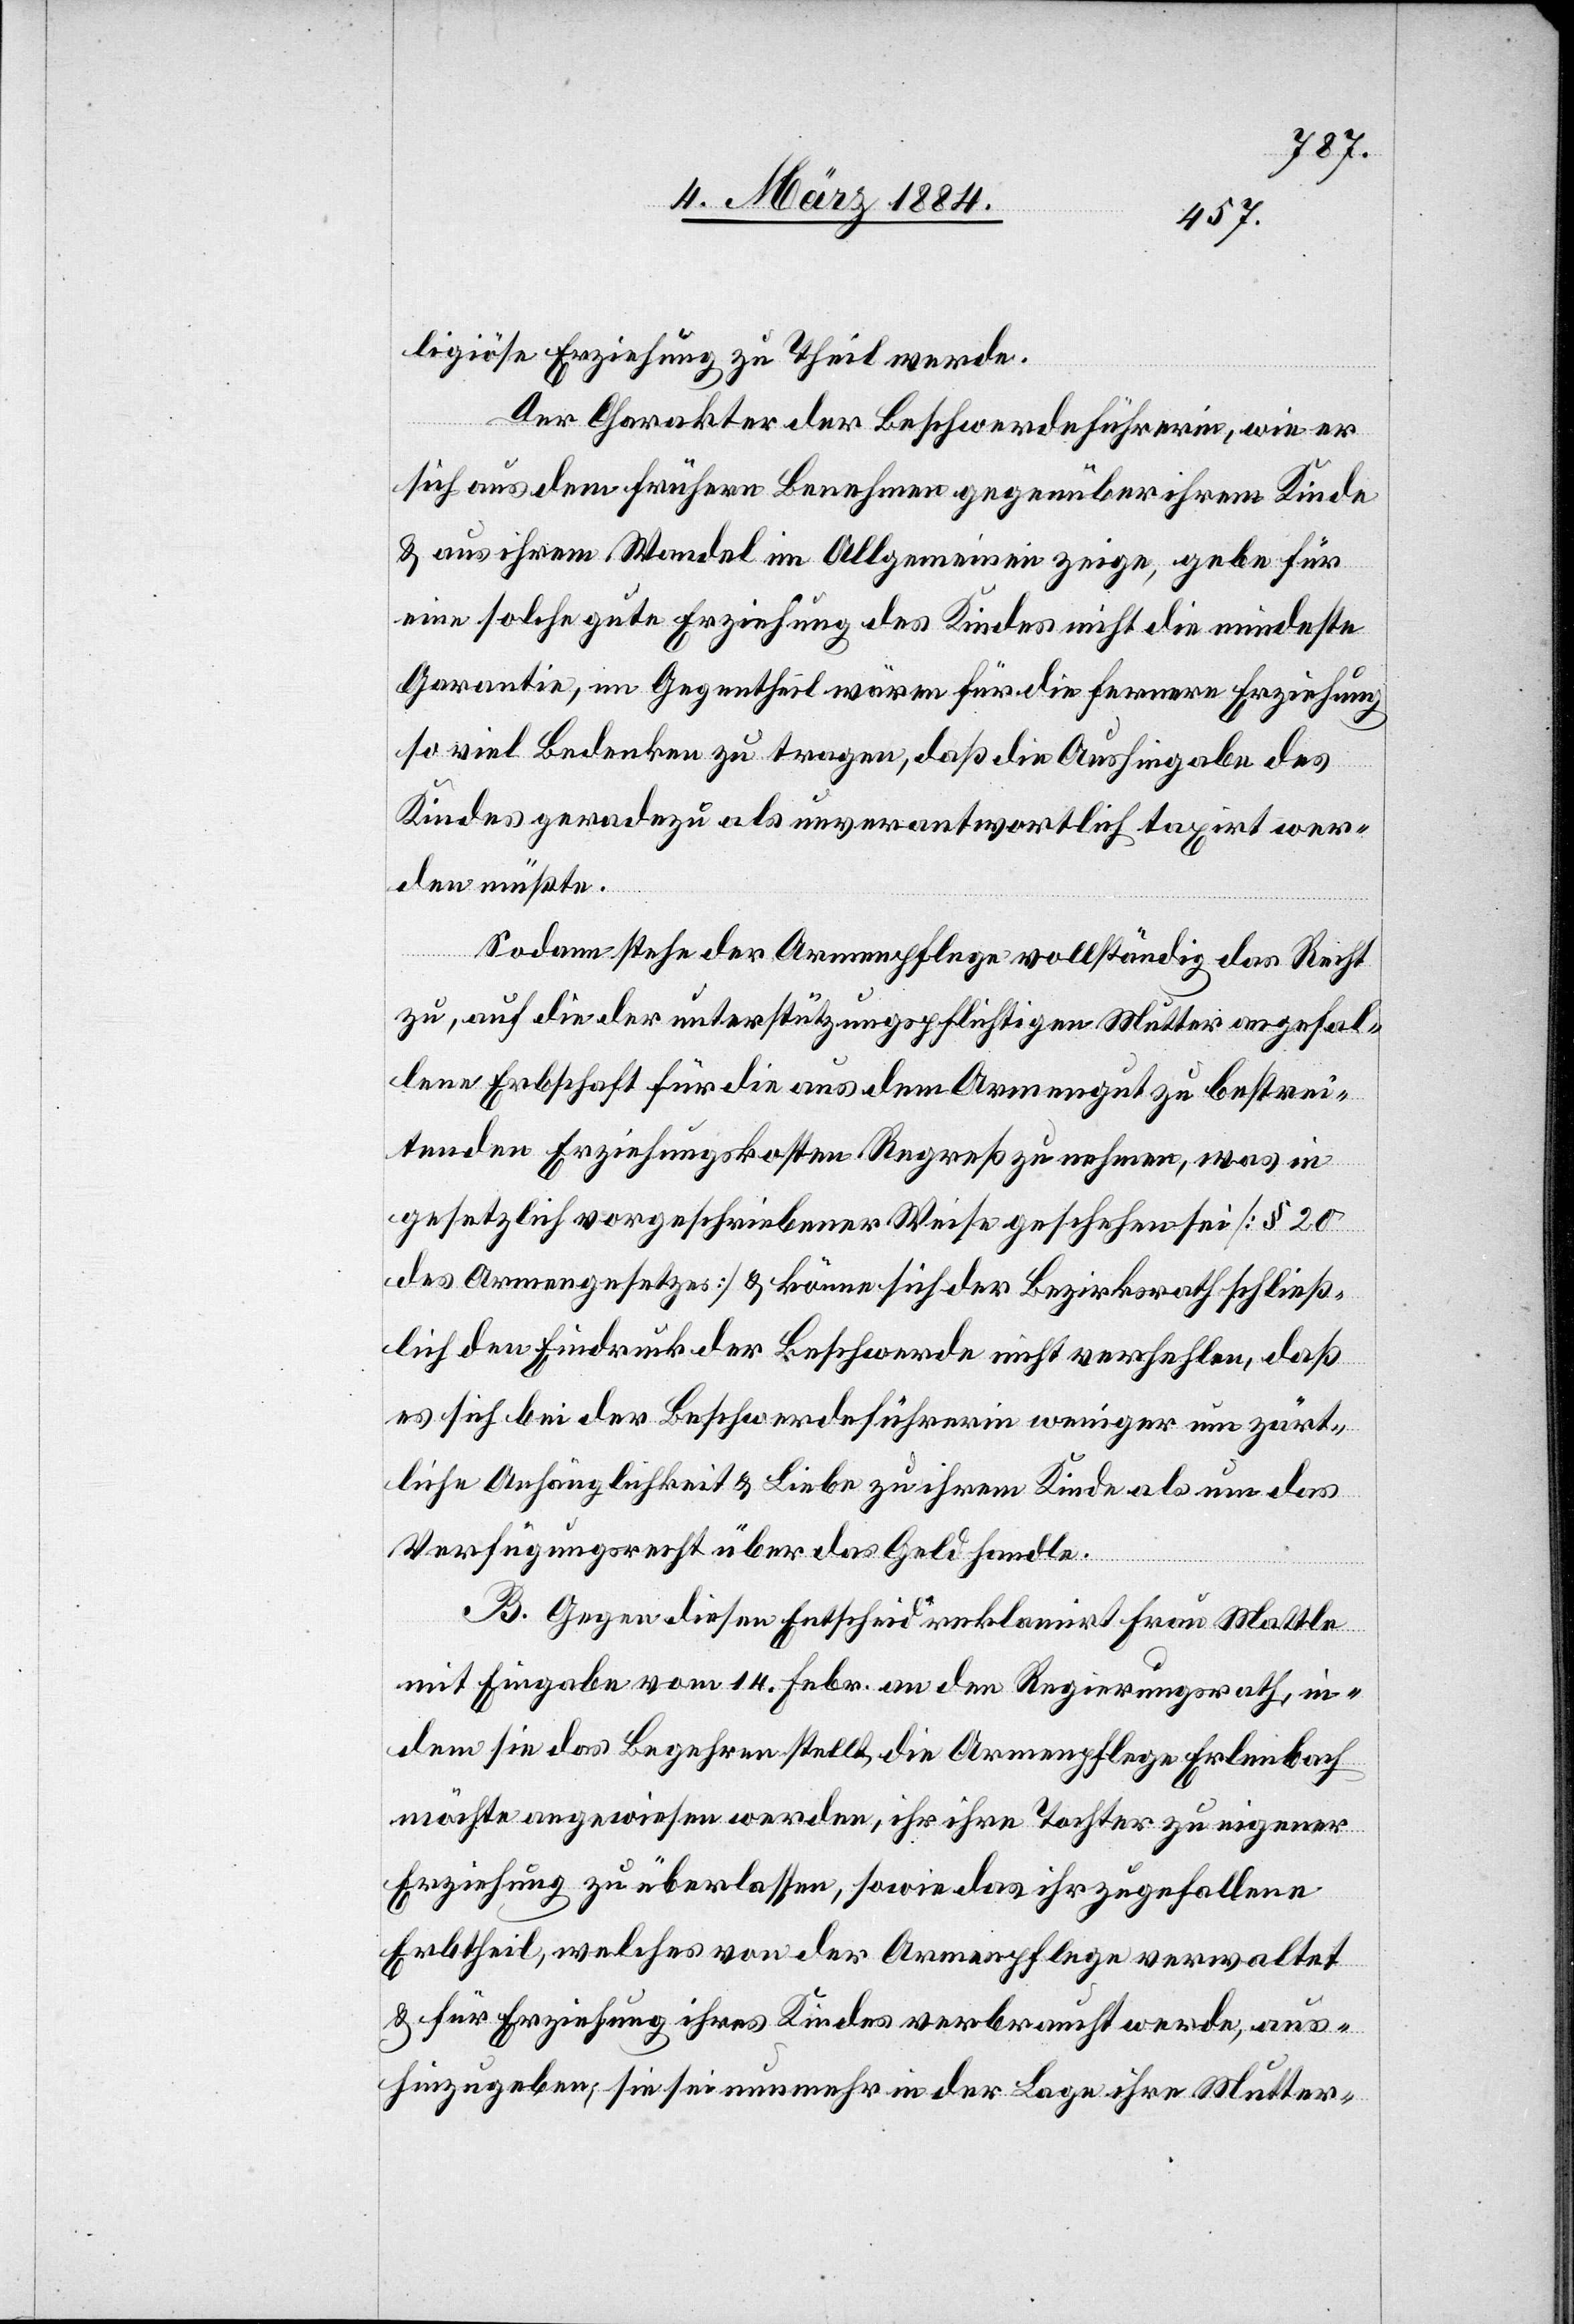
ligiöse Erziehung zu Theil werde.
Der Charakter der Beschwerdeführerin, wie er
sich aus dem frühern Benehmen gegenüber ihrem Kinde
& aus ihrem Wandel im Allgemeinen zeige, gebe für
eine solch gute Erziehung des Kindes nicht die mindeste
Garantie, im Gegentheil wären für die fernere Erziehung
so viel Bedenken zu tragen, daß die Aushingabe des
Kindes geradezu als unverantwortlich taxirt wer¬
den müßte.
Sodann stehe der Armenpflege vollständig das Recht
zu, für die der unterstützungspflichtigen Mutter angefal¬
lene Erbschaft für die aus dem Armengut zu bestrei¬
tenden Erzeugungskosten Regreß zu nehmen, was in
gesetzlich vorgeschriebener Weise geschehen sei [§ 20
des Armengesetzes] & könne sich der Bezirksrath schließ¬
lich den Eindruck der Beschwerde nicht verhehlen, daß
es sich bei der Beschwerdeführerin weniger um zärt¬
liche Anhänglichkeit & Liebe zu ihrem Kinde als um das
Verfügungsrecht über das Geld handle.
B. Gegen diesen Entscheid reklamirt Frau Mattle
mit Eingabe vom 14. Febr. an den Regierungsrath, in¬
dem sie das Begehren stellt, die Armenpflege Erlenbach
möchte angewiesen werden, ihr ihre Tochter zu eigener
Erziehung zu überlassen, sowie den ihr zugefallene
Erbtheil, welches von der Armenpflege verwaltet
& für Erziehung ihres Kindes verbraucht werde, aus¬
hinzugeben, sie sei nunmehr in der Lage ihre Mutter-